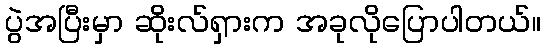
ပွဲအပြီးမှာ ဆိုးလ်ရှားက အခုလိုပြောပါတယ်။